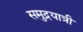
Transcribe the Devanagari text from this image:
समुद्रयात्री